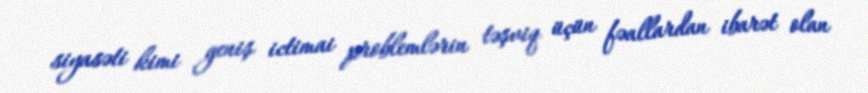
siyasəti kimi geniş ictimai problemlərin təşviq üçün fəallardan ibarət olan